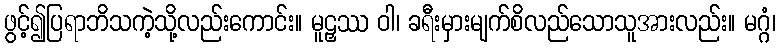
ဖွင့်၍ပြရာဘိသကဲ့သို့လည်းကောင်း။ မူဠှဿ ဝါ၊ ခရီးမှားမျက်စိလည်သောသူအားလည်း။ မဂ္ဂံ၊